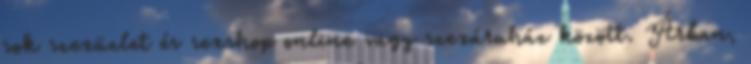
sok szexüzlet és sexshop online vagy szexáruház között. Árban,